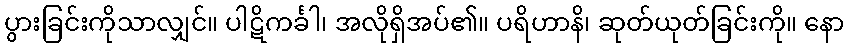
ပွားခြင်းကိုသာလျှင်။ ပါဋိကင်္ခါ၊ အလိုရှိအပ်၏။ ပရိဟာနိ၊ ဆုတ်ယုတ်ခြင်းကို။ နော